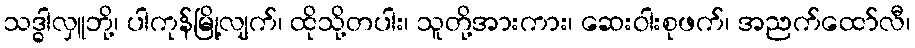
သဒ္ဓါလှူဘို့၊ ပါကုန်မြို့လျက်၊ ထိုသို့တပါး၊ သူတို့အားကား၊ ဆေးဝါးစုဖက်၊ အညက်ထော်လီ၊